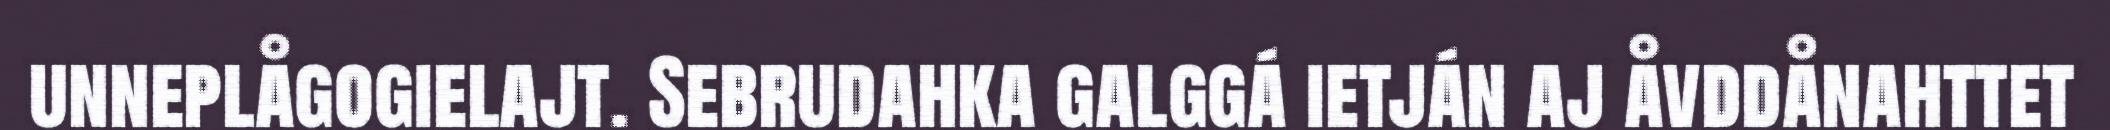
unneplågogielajt. Sebrudahka galggá ietján aj åvddånahttet